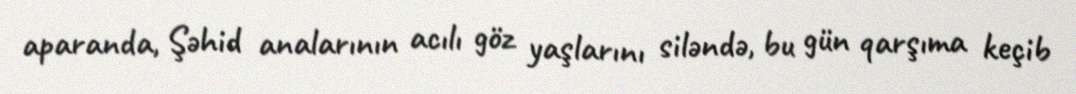
aparanda, Şəhid analarının acılı göz yaşlarını siləndə, bu gün qarşıma keçib